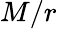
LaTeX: M/r